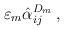
LaTeX: \begin{align*}\varepsilon_m \hat\alpha^{D_m}_{ij} \, , \end{align*}